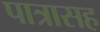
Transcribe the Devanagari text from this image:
पात्रासह